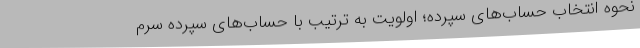
نحوه انتخاب حساب‌های سپرده؛ اولویت به ترتیب با حساب‌های سپرده سرم